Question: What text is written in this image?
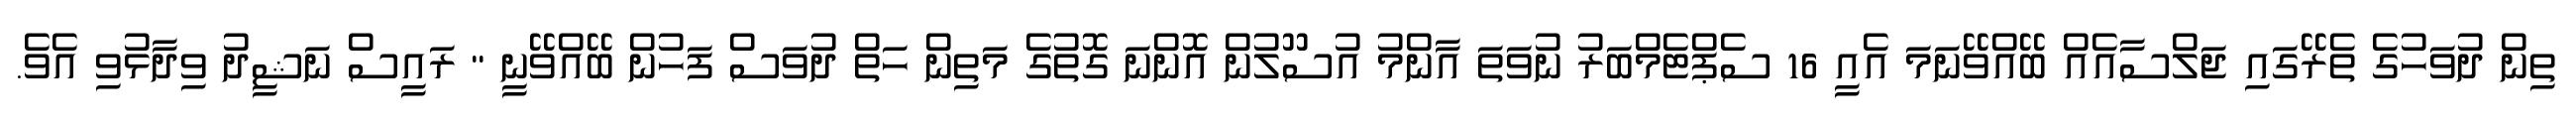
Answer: ތިން ދުވަހުގެ ތެރޭގައި ޖަލްސާއެއް ބޭއްވޭނަމަ އެއީ 16 ސެޕްޓެމްބަރު ނުވަތަ އާންމު އުސޫލުން އޮންނަ ގޮތުގެ މަތިން ހަތް ދުވަސް ފަހުން ބޭއްވޭނީ " ރައީސް ނަޝީދު ވިދާޅުވި އެވެ.